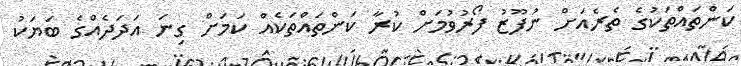
ކަންތައްތަކުގެ ތެރެއަށް ނުފޫޒު ފޯރުވުމަށް ކުރާ ކަންތައްތަކެއް ކަމަށް ގިނަ އަދަދެއްގެ ބަޔަކު